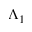
\Lambda _ { 1 }